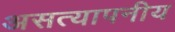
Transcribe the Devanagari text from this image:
असत्यापनीय